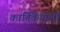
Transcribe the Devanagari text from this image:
कार्तिकेयाशी